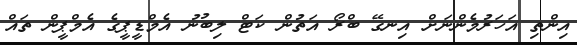
އިންތި އަހަރުމެންނަށް އިނގޭ ބްރޯ އަތުން ކަޓް ލިބުނު އެމްޑީޕީގެ އެމްޕީން ތައް